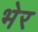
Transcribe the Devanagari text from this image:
भेर